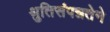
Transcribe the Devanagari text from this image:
श्रुतिसंपन्नतेने